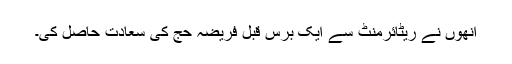
انھوں نے ریٹائرمنٹ سے ایک برس قبل فریضہ حج کی سعادت حاصل کی۔